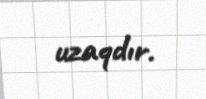
uzaqdır.